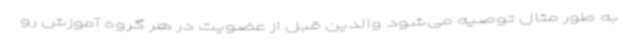
به‌ طور مثال توصیه می‌شود والدین قبل از عضویت در هر گروه آموزش رو